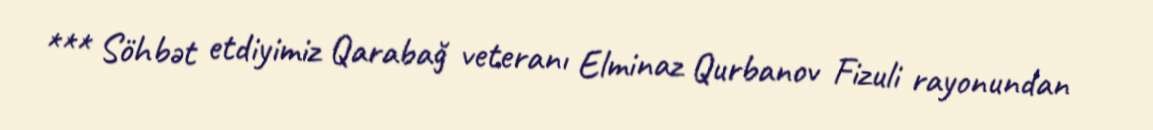
*** Söhbət etdiyimiz Qarabağ veteranı Elminaz Qurbanov Fizuli rayonundan